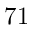
7 1